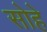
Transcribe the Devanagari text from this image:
सोहे